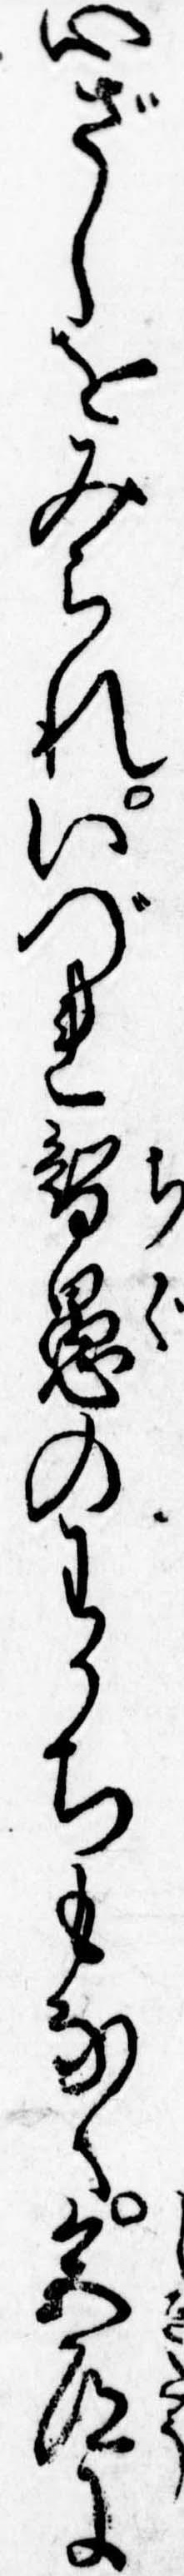
心ざしをみられいづれ智愚のわかちもなく色道に